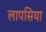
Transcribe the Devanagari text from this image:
लापसिया